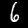
Label: 6